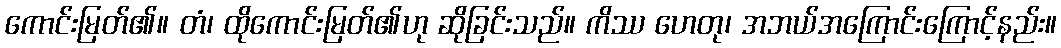
ကောင်းမြတ်၏။ တံ၊ ထိုကောင်းမြတ်၏ဟု ဆိုခြင်းသည်။ ကိဿ ဟေတု၊ အဘယ်အကြောင်းကြောင့်နည်း။